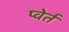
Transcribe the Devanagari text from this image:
प्वेर्त